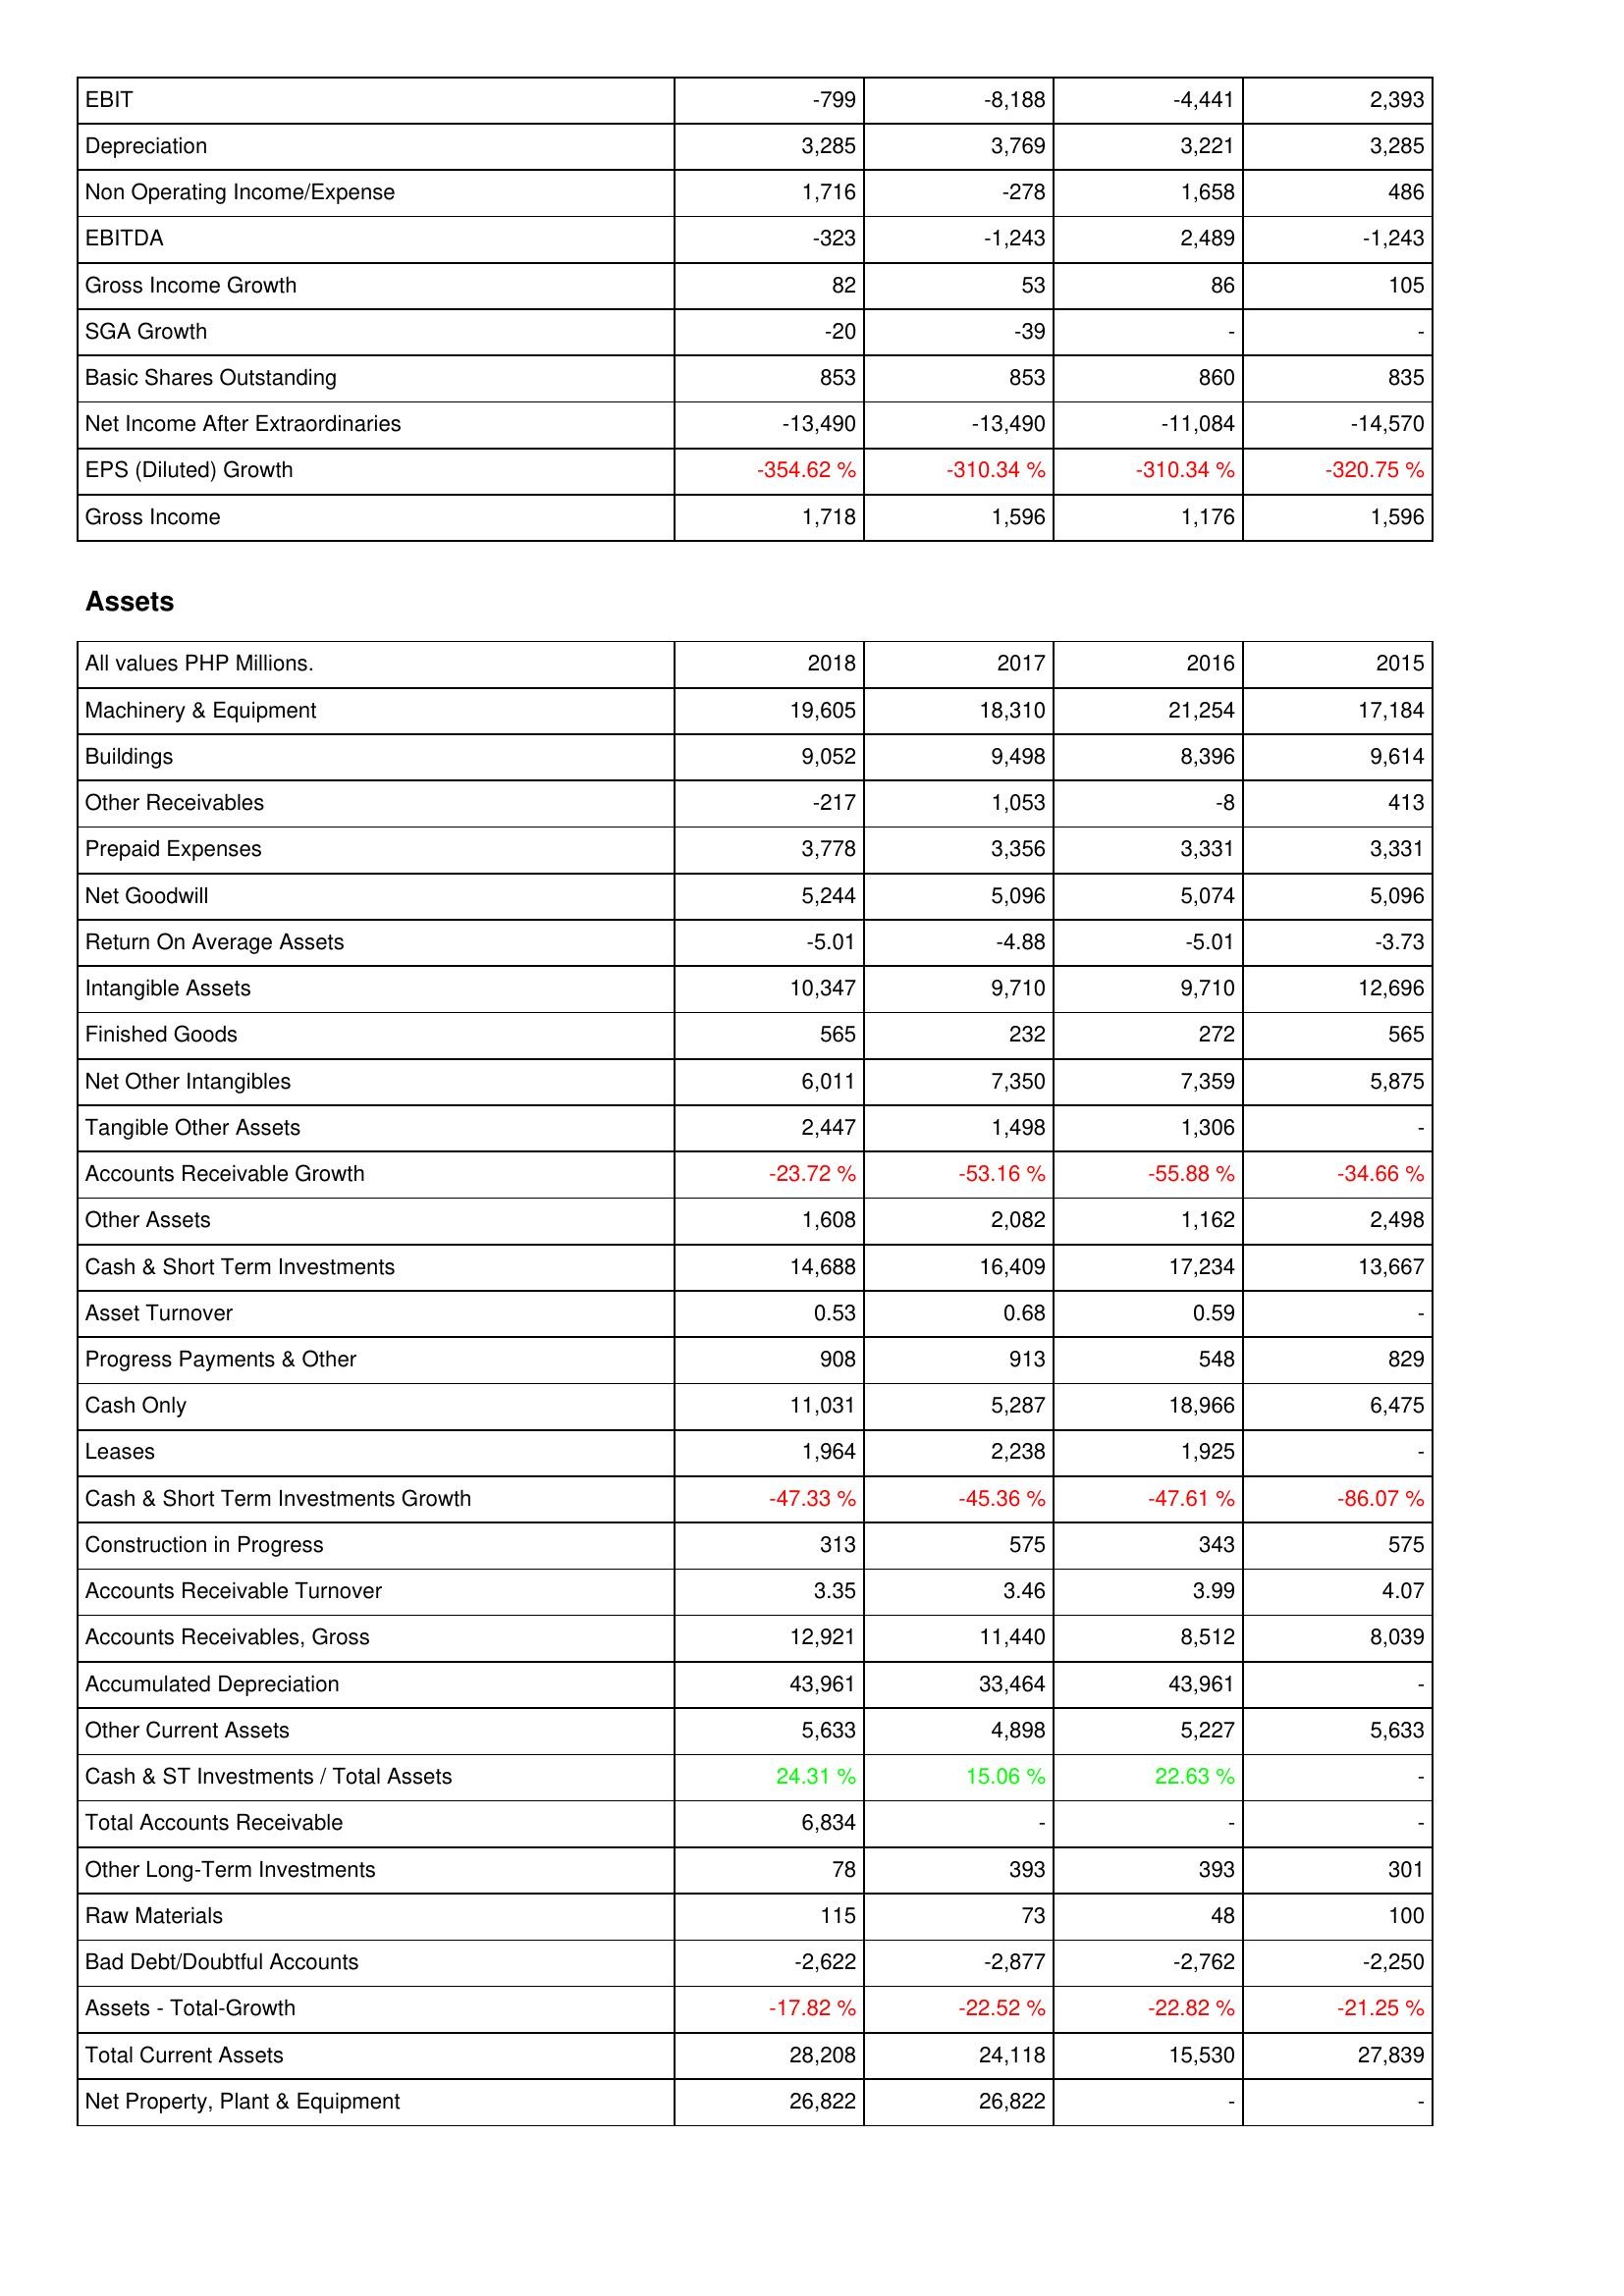
2018: Income Statement: EBIT: -799
Depreciation: 3,285
Non Operating Income/Expense: 1,716
EBITDA: -323
Gross Income Growth: 82
SGA Growth: -20
Basic Shares Outstanding: 853
Net Income After Extraordinaries: -13,490
EPS (Diluted) Growth: -354.62 %
Gross Income: 1,718
Assets: Machinery & Equipment: 19,605
Buildings: 9,052
Other Receivables: -217
Prepaid Expenses: 3,778
Net Goodwill: 5,244
Return On Average Assets: -5.01
Intangible Assets: 10,347
Finished Goods: 565
Net Other Intangibles: 6,011
Tangible Other Assets: 2,447
Accounts Receivable Growth: -23.72 %
Other Assets: 1,608
Cash & Short Term Investments: 14,688
Asset Turnover: 0.53
Progress Payments & Other: 908
Cash Only: 11,031
Leases: 1,964
Cash & Short Term Investments Growth: -47.33 %
Construction in Progress: 313
Accounts Receivable Turnover: 3.35
Accounts Receivables, Gross: 12,921
Accumulated Depreciation: 43,961
Other Current Assets: 5,633
Cash & ST Investments / Total Assets: 24.31 %
Total Accounts Receivable: 6,834
Other Long-Term Investments: 78
Raw Materials: 115
Bad Debt/Doubtful Accounts: -2,622
Assets - Total-Growth: -17.82 %
Total Current Assets: 28,208
Net Property, Plant & Equipment: 26,822
2017: Income Statement: EBIT: -8,188
Depreciation: 3,769
Non Operating Income/Expense: -278
EBITDA: -1,243
Gross Income Growth: 53
SGA Growth: -39
Basic Shares Outstanding: 853
Net Income After Extraordinaries: -13,490
EPS (Diluted) Growth: -310.34 %
Gross Income: 1,596
Assets: Machinery & Equipment: 18,310
Buildings: 9,498
Other Receivables: 1,053
Prepaid Expenses: 3,356
Net Goodwill: 5,096
Return On Average Assets: -4.88
Intangible Assets: 9,710
Finished Goods: 232
Net Other Intangibles: 7,350
Tangible Other Assets: 1,498
Accounts Receivable Growth: -53.16 %
Other Assets: 2,082
Cash & Short Term Investments: 16,409
Asset Turnover: 0.68
Progress Payments & Other: 913
Cash Only: 5,287
Leases: 2,238
Cash & Short Term Investments Growth: -45.36 %
Construction in Progress: 575
Accounts Receivable Turnover: 3.46
Accounts Receivables, Gross: 11,440
Accumulated Depreciation: 33,464
Other Current Assets: 4,898
Cash & ST Investments / Total Assets: 15.06 %
Total Accounts Receivable: -
Other Long-Term Investments: 393
Raw Materials: 73
Bad Debt/Doubtful Accounts: -2,877
Assets - Total-Growth: -22.52 %
Total Current Assets: 24,118
Net Property, Plant & Equipment: 26,822
2016: Income Statement: EBIT: -4,441
Depreciation: 3,221
Non Operating Income/Expense: 1,658
EBITDA: 2,489
Gross Income Growth: 86
SGA Growth: -
Basic Shares Outstanding: 860
Net Income After Extraordinaries: -11,084
EPS (Diluted) Growth: -310.34 %
Gross Income: 1,176
Assets: Machinery & Equipment: 21,254
Buildings: 8,396
Other Receivables: -8
Prepaid Expenses: 3,331
Net Goodwill: 5,074
Return On Average Assets: -5.01
Intangible Assets: 9,710
Finished Goods: 272
Net Other Intangibles: 7,359
Tangible Other Assets: 1,306
Accounts Receivable Growth: -55.88 %
Other Assets: 1,162
Cash & Short Term Investments: 17,234
Asset Turnover: 0.59
Progress Payments & Other: 548
Cash Only: 18,966
Leases: 1,925
Cash & Short Term Investments Growth: -47.61 %
Construction in Progress: 343
Accounts Receivable Turnover: 3.99
Accounts Receivables, Gross: 8,512
Accumulated Depreciation: 43,961
Other Current Assets: 5,227
Cash & ST Investments / Total Assets: 22.63 %
Total Accounts Receivable: -
Other Long-Term Investments: 393
Raw Materials: 48
Bad Debt/Doubtful Accounts: -2,762
Assets - Total-Growth: -22.82 %
Total Current Assets: 15,530
Net Property, Plant & Equipment: -
2015: Income Statement: EBIT: 2,393
Depreciation: 3,285
Non Operating Income/Expense: 486
EBITDA: -1,243
Gross Income Growth: 105
SGA Growth: -
Basic Shares Outstanding: 835
Net Income After Extraordinaries: -14,570
EPS (Diluted) Growth: -320.75 %
Gross Income: 1,596
Assets: Machinery & Equipment: 17,184
Buildings: 9,614
Other Receivables: 413
Prepaid Expenses: 3,331
Net Goodwill: 5,096
Return On Average Assets: -3.73
Intangible Assets: 12,696
Finished Goods: 565
Net Other Intangibles: 5,875
Tangible Other Assets: -
Accounts Receivable Growth: -34.66 %
Other Assets: 2,498
Cash & Short Term Investments: 13,667
Asset Turnover: -
Progress Payments & Other: 829
Cash Only: 6,475
Leases: -
Cash & Short Term Investments Growth: -86.07 %
Construction in Progress: 575
Accounts Receivable Turnover: 4.07
Accounts Receivables, Gross: 8,039
Accumulated Depreciation: -
Other Current Assets: 5,633
Cash & ST Investments / Total Assets: -
Total Accounts Receivable: -
Other Long-Term Investments: 301
Raw Materials: 100
Bad Debt/Doubtful Accounts: -2,250
Assets - Total-Growth: -21.25 %
Total Current Assets: 27,839
Net Property, Plant & Equipment: -